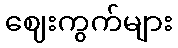
ဈေးကွက်များ